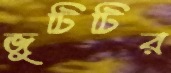
জুটিটির